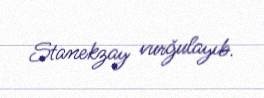
Stanekzay vurğulayıb.